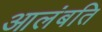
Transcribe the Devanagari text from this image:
आलंबति